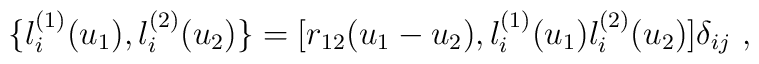
\{l_i^{(1)}(u_1),l_i^{(2)}(u_2)\}               =[r_{12}(u_1-u_2),l_i^{(1)}(u_1)l_i^{(2)}(u_2)]\delta_{ij}~,